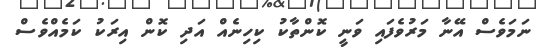
ނަމަވެސް އޭނާ މަރުވެފައި ވަނީ ކޮންތާކު ކިހިނެއް އަދި ކޮން އިރަކު ކަމެއްވެސް